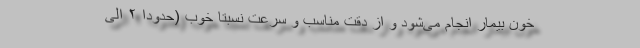
خون بیمار انجام می‌شود و از دقت مناسب و سرعت نسبتا خوب (حدودا ۲ الی